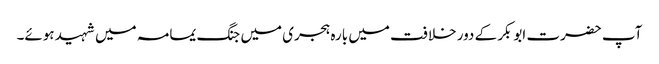
آپ حضرت ابوبکر کے دور خلافت میں بارہ ہجری میں جنگ یمامہ میں شہید ہوئے۔